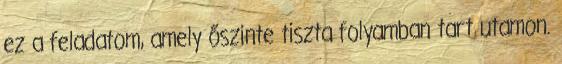
ez a feladatom, amely őszinte tiszta folyamban tart utamon.